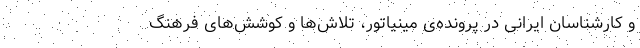
و کارشناسان ایرانی در پرونده‌ی مینیاتور، تلاش‌ها و کوشش‌های فرهنگ